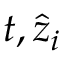
t , \hat { z } _ { i }